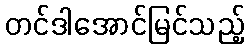
တင်ဒါအောင်မြင်သည့်